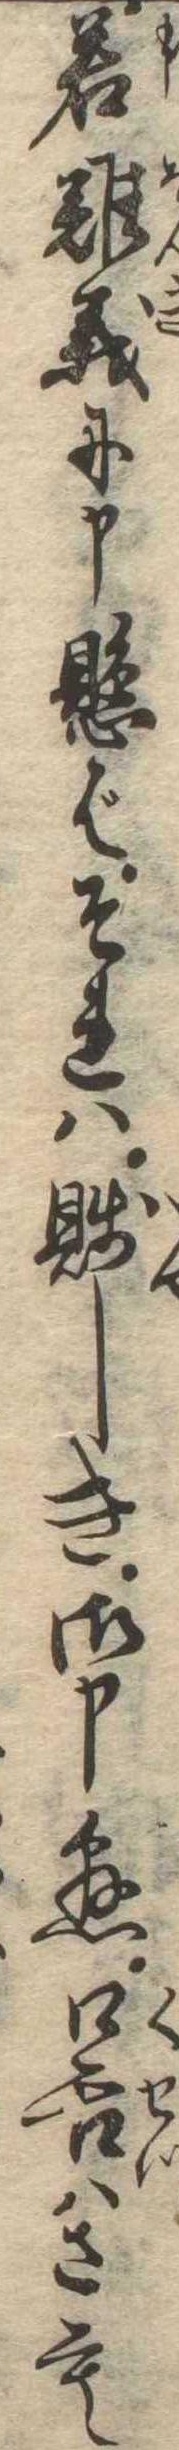
若難義に申懸ばそれは賎しき御申懸口舌はさも